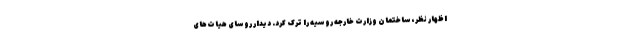
اظهار نظر، ساختمان وزارت خارجه روسیه را ترک کرد. دیدار روسای هیات‌های